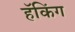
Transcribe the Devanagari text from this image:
हॅकिंग